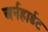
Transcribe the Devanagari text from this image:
अर्नहार्डट